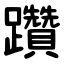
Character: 躦